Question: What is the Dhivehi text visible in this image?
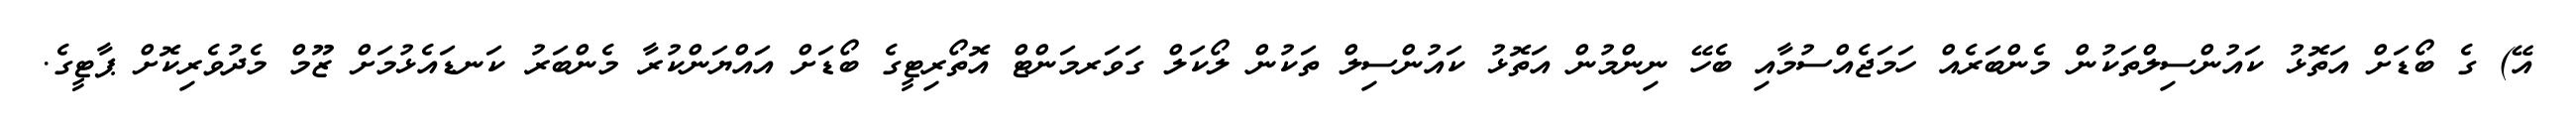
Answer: އޭ) ގެ ބޯޑަށް އަތޮޅު ކައުންސިލްތަކުން މެންބަރެއް ހަމަޖެއްސުމާއި ބެހޭ ނިންމުން އަތޮޅު ކައުންސިލް ތަކުން ލޯކަލް ގަވަރމަންޓް އޮތޯރިޓީގެ ބޯޑަށް އައްޔަންކުރާ މެންބަރު ކަނޑައެޅުމަށް ޒޫމް މެދުވެރިކޮށް ޕާޓީގެ.